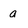
Character: a